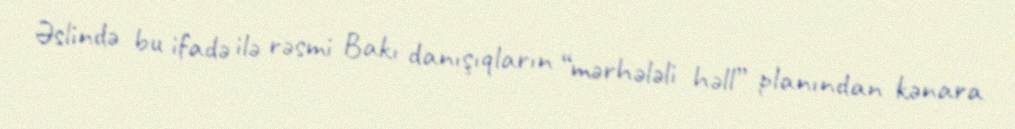
Əslində bu ifadə ilə rəsmi Bakı danışıqların “mərhələli həll” planından kənara